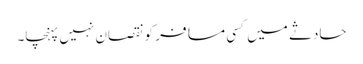
حادثے میں کسی مسافر کو نقصان نہیں پہنچا۔